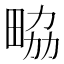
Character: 𤱷